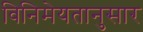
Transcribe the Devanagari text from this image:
विनिमेयतानुसार